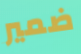
ضمير